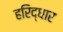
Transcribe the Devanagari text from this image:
हरिद्धार